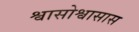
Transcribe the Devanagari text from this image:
श्वासोश्वासास